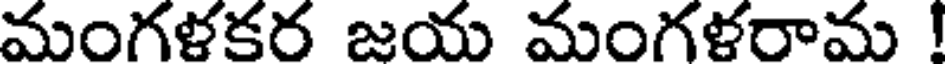
మంగళకర జయ మంగళరామ !